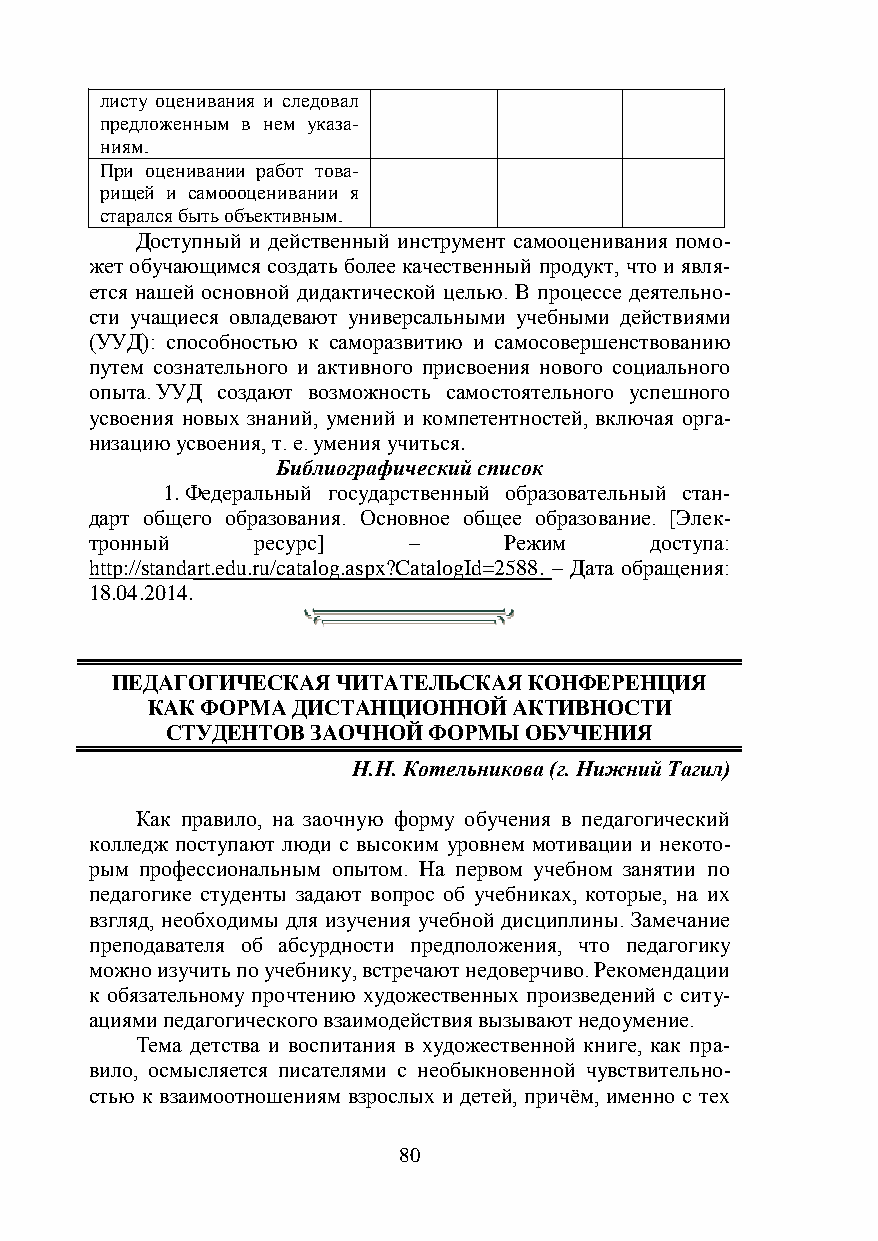
листу оценивания и следовал
 предложенным в нем указа-
 ниям.
 При оценивании работ това-
 рищей и самоооценивании я
 старался быть объективным.
 Доступный и действенный инструмент самооценивания помо-
 жет обучающимся создать более качественный продукт, что и явля-
 ется нашей основной дидактической целью. В процессе деятельно-
 сти учащиеся овладевают универсальными учебными действиями
 (УУД): способностью к саморазвитию и самосовершенствованию
 путем сознательного и активного присвоения нового социального
 опыта. УУД создают возможность самостоятельного успешного
 усвоения новых знаний, умений и компетентностей, включая орга-
 низацию усвоения, т. е. умения учиться.
 Библиографический список
 1. Федеральный государственный образовательный стан-
 дарт общего образования. Основное общее образование. [Элек-
 тронный    ресурс]   –     Режим     доступа:
 http://standart.edu.ru/catalog.aspx?CatalogId=2588. – Дата обращения:
 18.04.2014.
 ПЕДАГОГИЧЕСКАЯ ЧИТАТЕЛЬСКАЯ КОНФЕРЕНЦИЯ
 КАК ФОРМА ДИСТАНЦИОННОЙ АКТИВНОСТИ
 СТУДЕНТОВ ЗАОЧНОЙ ФОРМЫ ОБУЧЕНИЯ
 Н.Н. Котельникова (г. Нижний Тагил)
 Как правило, на заочную форму обучения в педагогический
 колледж поступают люди с высоким уровнем мотивации и некото-
 рым профессиональным опытом. На первом учебном занятии по
 педагогике студенты задают вопрос об учебниках, которые, на их
 взгляд, необходимы для изучения учебной дисциплины. Замечание
 преподавателя об абсурдности предположения, что педагогику
 можно изучить по учебнику, встречают недоверчиво. Рекомендации
 к обязательному прочтению художественных произведений с ситу-
 ациями педагогического взаимодействия вызывают недоумение.
 Тема детства и воспитания в художественной книге, как пра-
 вило, осмысляется писателями с необыкновенной чувствительно-
 стью к взаимоотношениям взрослых и детей, причём, именно с тех
 80